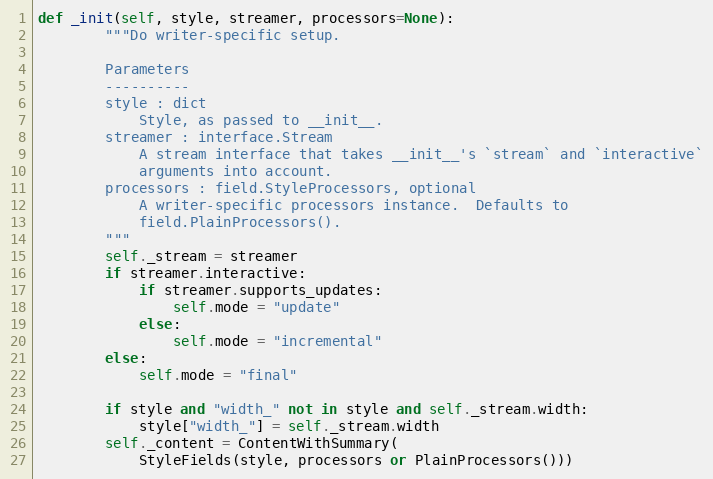
Language: Python
def _init(self, style, streamer, processors=None):
        """Do writer-specific setup.

        Parameters
        ----------
        style : dict
            Style, as passed to __init__.
        streamer : interface.Stream
            A stream interface that takes __init__'s `stream` and `interactive`
            arguments into account.
        processors : field.StyleProcessors, optional
            A writer-specific processors instance.  Defaults to
            field.PlainProcessors().
        """
        self._stream = streamer
        if streamer.interactive:
            if streamer.supports_updates:
                self.mode = "update"
            else:
                self.mode = "incremental"
        else:
            self.mode = "final"

        if style and "width_" not in style and self._stream.width:
            style["width_"] = self._stream.width
        self._content = ContentWithSummary(
            StyleFields(style, processors or PlainProcessors()))